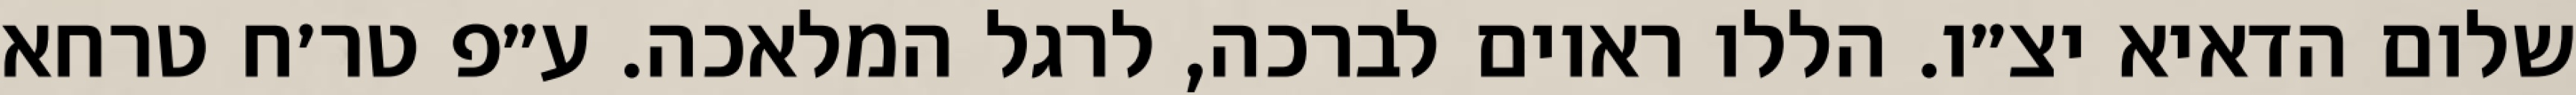
שלום הדאיא יצ״ו. הללו ראוים לברכה, לרגל המלאכה. ע״פ טר׳ח טרחא